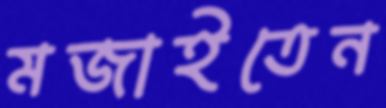
মজাইতেন